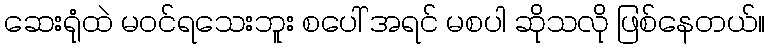
ဆေးရုံထဲ မဝင်ရသေးဘူး စပေါ် အရင် မစပါ ဆိုသလို ဖြစ်နေတယ်။